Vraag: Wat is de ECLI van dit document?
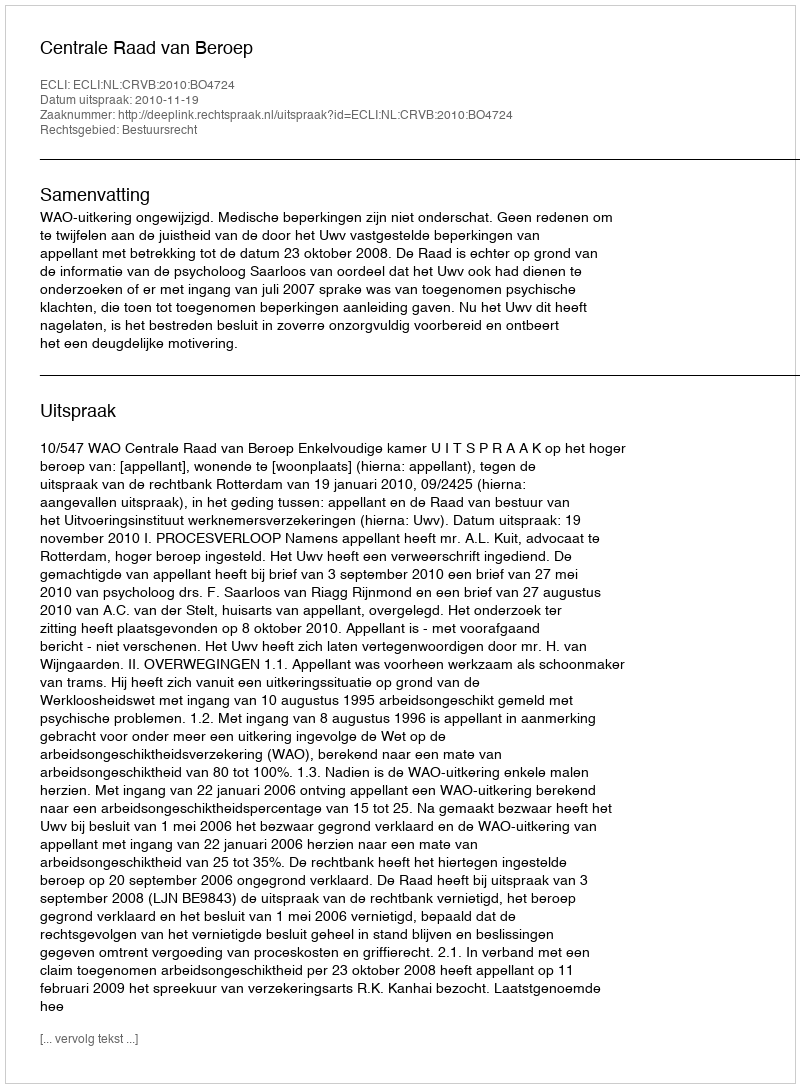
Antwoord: ECLI:NL:CRVB:2010:BO4724